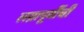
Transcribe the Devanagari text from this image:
लग्नापूर्वीची